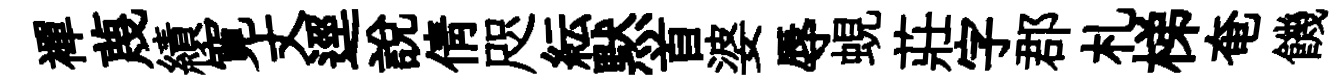
襌蔑績寛丈逕說倩咫紜黙首婆辱蜆莊字郡札梯奄饑